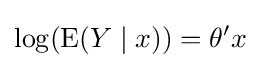
\log(\operatorname {E} (Y\mid x))=\theta 'x